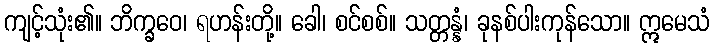
ကျင့်သုံး၏။ ဘိက္ခဝေ၊ ရဟန်းတို့။ ခေါ၊ စင်စစ်။ သတ္တန္နံ၊ ခုနစ်ပါးကုန်သော။ ဣမေသံ